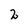
Character: 2